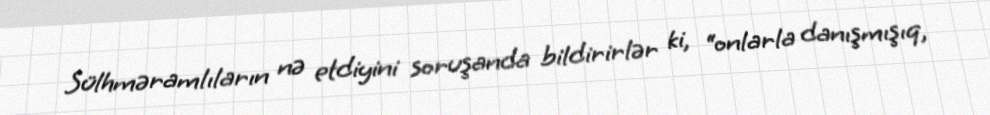
Sülhməramlıların nə etdiyini soruşanda bildirirlər ki, “onlarla danışmışıq,